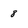
Character: 8